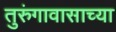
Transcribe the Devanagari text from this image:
तुरुंगावासाच्या